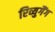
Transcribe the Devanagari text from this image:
रिव्युगैंग